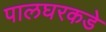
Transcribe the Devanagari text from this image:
पालघरकडे